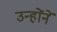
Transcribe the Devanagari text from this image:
उन्हाेंनें